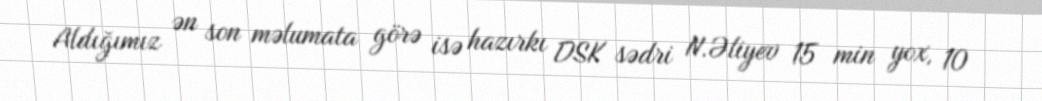
Aldığımız ən son məlumata görə isə hazırkı DSK sədri N.Əliyev 15 min yox, 10